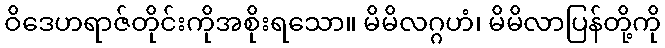
ဝိဒေဟရာဇ်တိုင်းကိုအစိုးရသော။ မိမိလဂ္ဂဟံ၊ မိမိလာပြန်တို့ကို